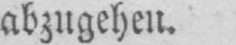
abzugehen.